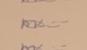
Signature authenticity: genuine